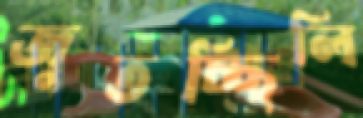
জুতচ্ছিলি